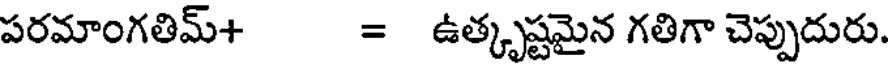
పరమాంగతిమ్+ = ఉత్కృష్టమైన గతిగా చెప్పుదురు.